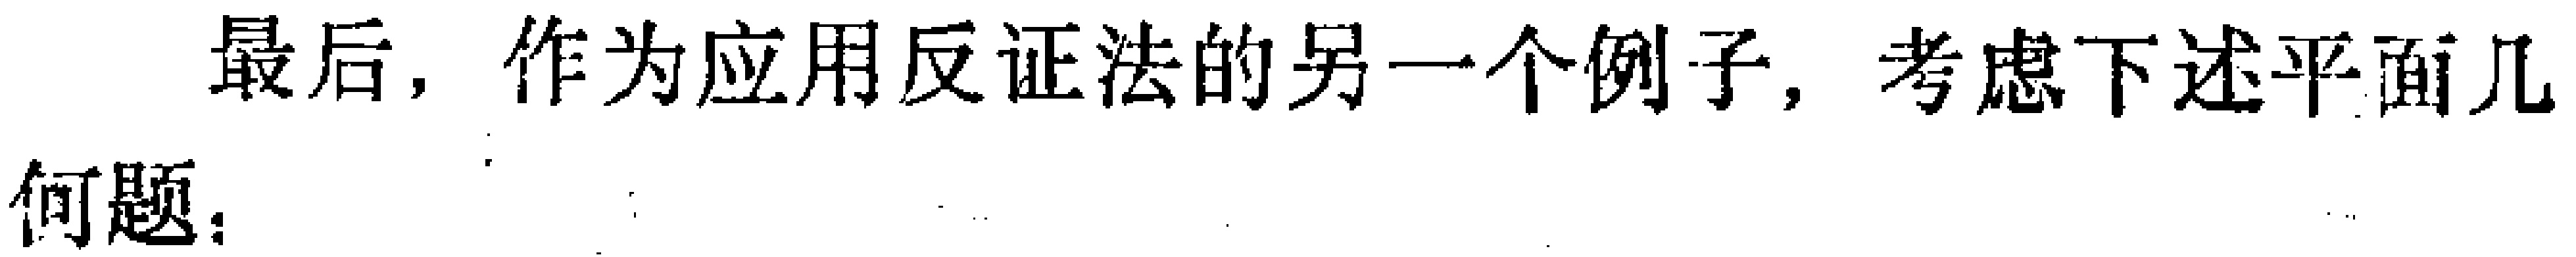
最后，作为应用反证法的另一个例子，考虑下述平面几
何题：